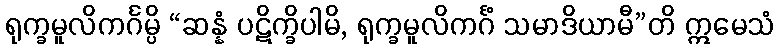
ရုက္ခမူလိကင်္ဂမ္ပိ “ဆန္နံ ပဋိက္ခိပါမိ, ရုက္ခမူလိကင်္ဂံ သမာဒိယာမီ”တိ ဣမေသံ